Vaccine operations Central Provinces & Berar 1912-1920 - 1912-1920
Year: 1912
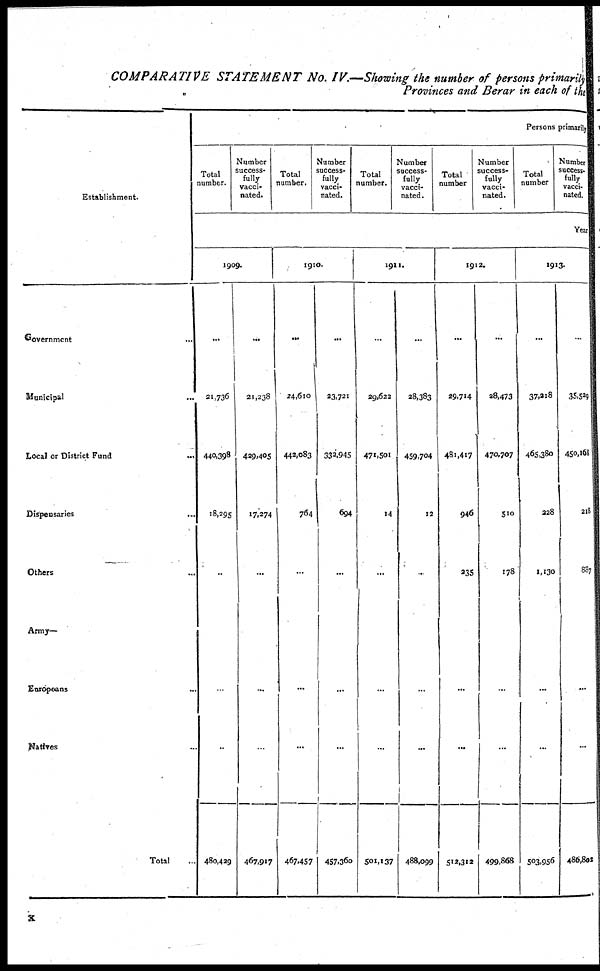
COMPARATIVE STATEMENT No. IV.—Showing the number of persons primarily
Provinces and Berar in each of the
Establishment.
Government ...
Municipal ...
Local or District Fund
...
Dispensaries
...
Others
Army—
Europeans ...
Natives ...
Total
Persons primarily
Total
number.
Number
success-
fully
vacci-
nated.
Total
number.
Number
success¬
fully
vacci-
nated.
Total
number.
Number
success-
fully
vacci-
nated.
Total
number
Number
success-
fully
vacci-
nated.
Total
number
Number
success¬
fully
vacci-
nated.
Year
1909.
...
21,736
440,398
18,295
...
...
...
480,429
...
21,238
429,405
17,274
...
...
...
467,917
1910.
...
24,610
442,083
764
...
...
...
467,457
...
23,721
332,945
694
...
...
...
457,360
1911.
...
29,622
471,501
14
...
...
...
501,137
...
28,383
459,704
12
...
...
...
488,099
1912.
...
29,714
481,417
946
235
...
...
512,312
...
28,473
470,707
510
178
...
...
499,868
1913.
...
37,218
465,380
228
1,130
...
...
503,956
...
35,529
450,168
218
887
...
...
486,802
x